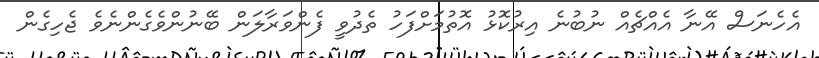
އެހެނަސް އޭނާ އެއްޗެއް ނުބުނެ އިރުކޮޅު އޮތުމަށްފަހު ތެދުވީ ފެންވަރާލަން ބޭނުންވެގެންނެވެ ޖެހިގެން